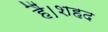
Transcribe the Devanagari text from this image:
हैं।शहद